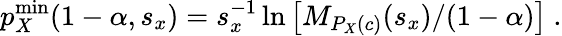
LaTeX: p_{X}^{\mathrm{min}}(1-\alpha,s_{x})=s_{x}^{-1}\ln\left[M_{P_{X}(c)}(s_{x})/(1-\alpha)\right]~.